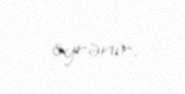
öyrənir.